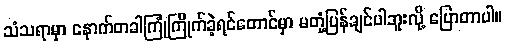
သံသရာမှာ နောက်တခါကြုံကြိုက်ခဲ့ရင်တောင်မှာ မတုံ့ပြန်ချင်ပါဘူးလို့ ပြောတာပါ။